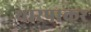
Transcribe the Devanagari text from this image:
थारपाकर